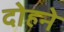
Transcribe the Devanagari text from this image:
दोहने